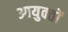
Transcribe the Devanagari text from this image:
आयुक्‍तों